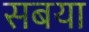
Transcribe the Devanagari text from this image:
सबया